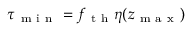
\tau _ { \mathrm { ~ m ~ i ~ n ~ } } = f _ { \mathrm { ~ t ~ h ~ } } \eta ( z _ { \mathrm { ~ m ~ a ~ x ~ } } )